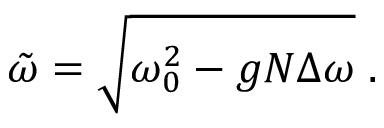
\tilde { \omega } = \sqrt { \omega _ { 0 } ^ { 2 } - g N \Delta \omega } \; .